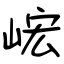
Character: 峵